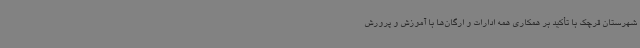
شهرستان قرچک با تأکید بر همکاری همه ادارات و ارگان‌ها با آموزش و پرورش